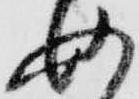
如